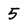
Character: 5